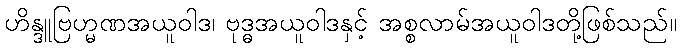
ဟိန္ဒူဗြဟ္မဏအယူဝါဒ၊ ဗုဒ္ဓအယူဝါဒနှင့် အစ္စလာမ်အယူဝါဒတို့ဖြစ်သည်။